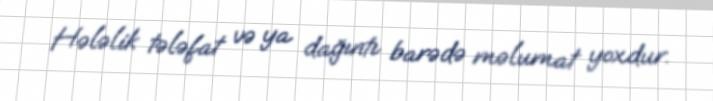
Hələlik tələfat və ya dağıntı barədə məlumat yoxdur.